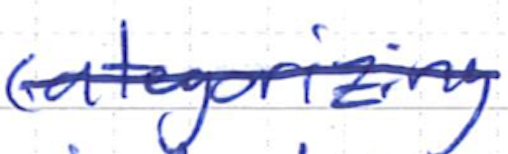
Text: categorizing
Cross-out: single-line
Writing tool: ballpoint